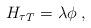
LaTeX: \begin{align*} {H_{\tau}}_T = \lambda \phi\;,\end{align*}